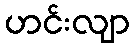
ဟင်းလျာ